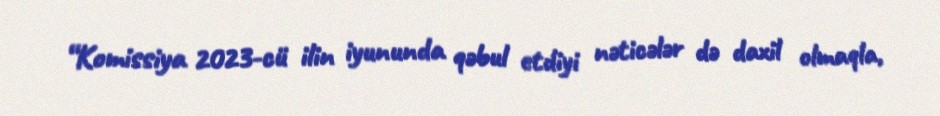
“Komissiya 2023-cü ilin iyununda qəbul etdiyi nəticələr də daxil olmaqla,